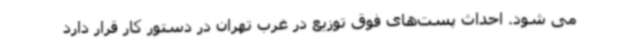
می شود. احداث پست‌های فوق توزیع در غرب تهران در دستور کار قرار دارد